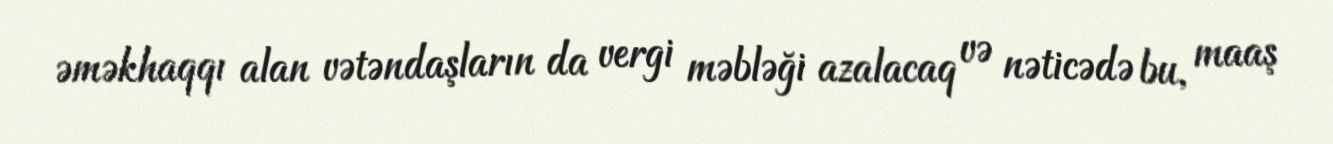
əməkhaqqı alan vətəndaşların da vergi məbləği azalacaq və nəticədə bu, maaş